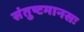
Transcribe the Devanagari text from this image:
संतुष्टमानसः